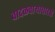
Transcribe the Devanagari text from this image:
वादळवाऱ्यासारखे